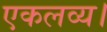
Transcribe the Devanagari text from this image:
एकलव्य।